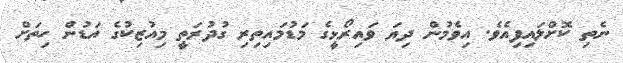
ނެތި ކޮށްލައިފިއެވެ. އިވެމުން ދިޔަ ވައިރޯޅީގެ މަޑުމައިތިރި ގުދުރަތީ މިއުޒިކުގެ އަޑުން ހިތަށް